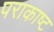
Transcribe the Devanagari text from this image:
पराकाष्ट